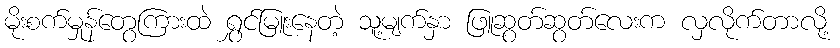
မိုးစက်မှုန်တွေကြားထဲ ရွှင်မြူးနေတဲ့ သူ့မျက်နှာ ဖြူဆွတ်ဆွတ်လေးက လှလိုက်တာလို့